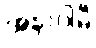
အနာဂါမီ